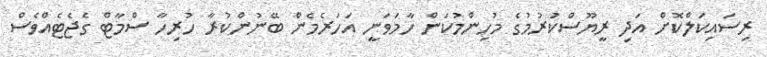
ރިސައިކަލްކޮށް އަދި ރީޔޫސްކުރުމުގެ މުހިންމުކަން ހާމަވަނީ އަހަރެމެން ބޭނުންކުރާ ހުރިހާ ސްމާޓް ގެޖެޓެއްވެސް